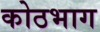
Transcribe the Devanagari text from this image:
कोठभाग